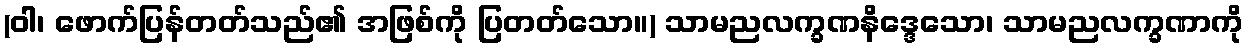
(ဝါ၊ ဖောက်ပြန်တတ်သည်၏ အဖြစ်ကို ပြတတ်သော။) သာမညလက္ခဏနိဒ္ဒေသော၊ သာမညလက္ခဏာကို